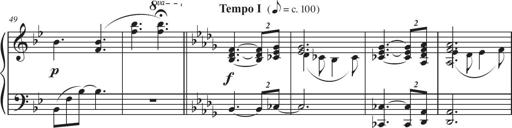
Title: Sonatina in D major
Composer: Shota Saitoh
Key: D major